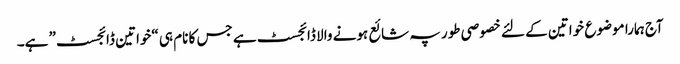
آج ہمارا موضوع خواتین کے لئے خصوصی طور پہ شائع ہونے والا ڈائجسٹ ہے جس کا نام ہی “خواتین ڈائجسٹ” ہے۔